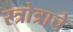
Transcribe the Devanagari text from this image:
स्त्रोत्राचे